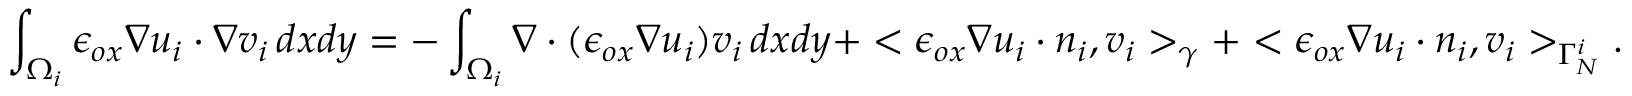
\int _ { \Omega _ { i } } \epsilon _ { o x } \nabla u _ { i } \cdot \nabla v _ { i } \, d x d y = - \int _ { \Omega _ { i } } \nabla \cdot ( \epsilon _ { o x } \nabla u _ { i } ) v _ { i } \, d x d y + < \epsilon _ { o x } \nabla u _ { i } \cdot n _ { i } , v _ { i } > _ { \gamma } + < \epsilon _ { o x } \nabla u _ { i } \cdot n _ { i } , v _ { i } > _ { \Gamma _ { N } ^ { i } } .